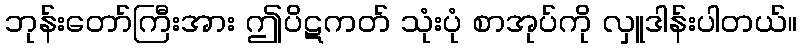
ဘုန်းတော်ကြီးအား ဤပိဋကတ် သုံးပုံ စာအုပ်ကို လှူဒါန်းပါတယ်။